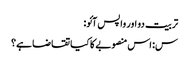
تربیت دو اور واپس آئو:
س: اس منصوبے کا کیا تقاضا ہے؟